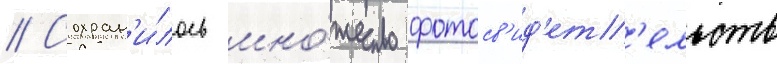
// Сохран'и́лось мно́жество фотосв'ид'ет'ельств